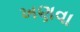
ખણવા